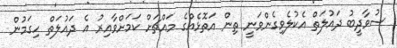
ސުވާދީބު ދައުލަތް އެކުލެވިގެންވަނީ ތިން އަތޮޅެއްގެ މައްޗަށް ކަމަށްވާއިރު އެ ދައުލަތް ހިގަމުން